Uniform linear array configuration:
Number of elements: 24
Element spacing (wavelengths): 0.25
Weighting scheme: exponential
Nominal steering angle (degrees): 15
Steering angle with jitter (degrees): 13.531
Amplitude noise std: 0.05
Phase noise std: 0.05

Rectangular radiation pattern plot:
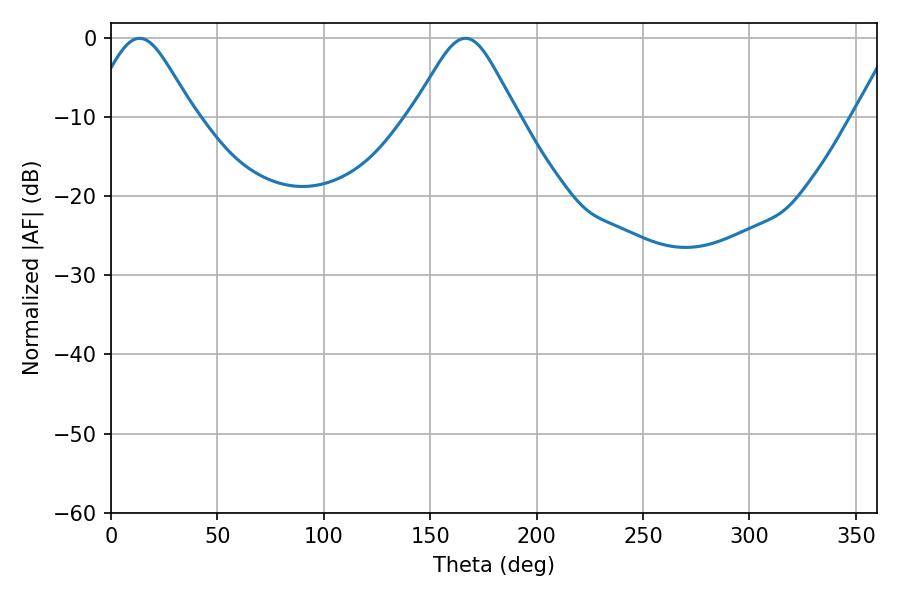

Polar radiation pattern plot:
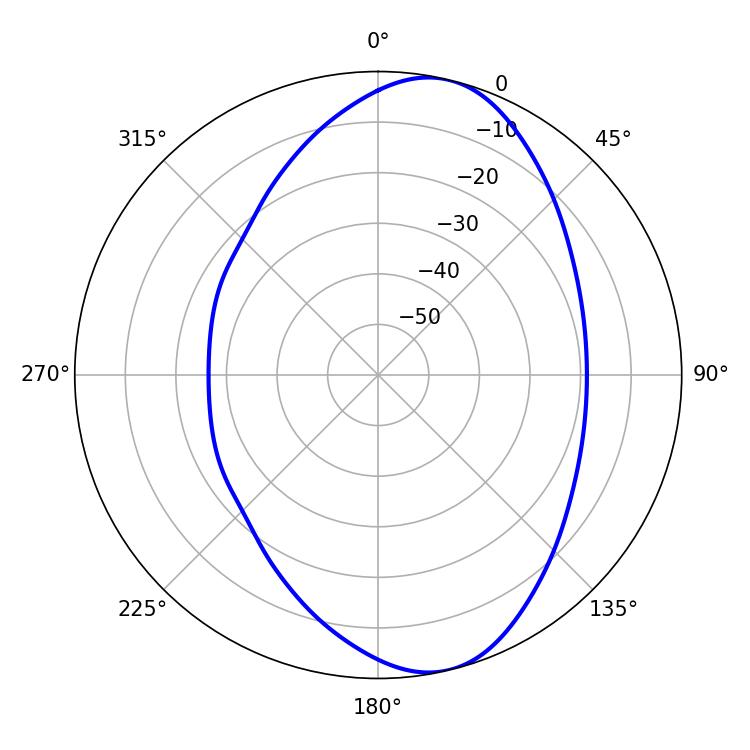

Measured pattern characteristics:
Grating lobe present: FALSE
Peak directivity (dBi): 9.015
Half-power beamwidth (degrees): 24.12
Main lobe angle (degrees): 13.5